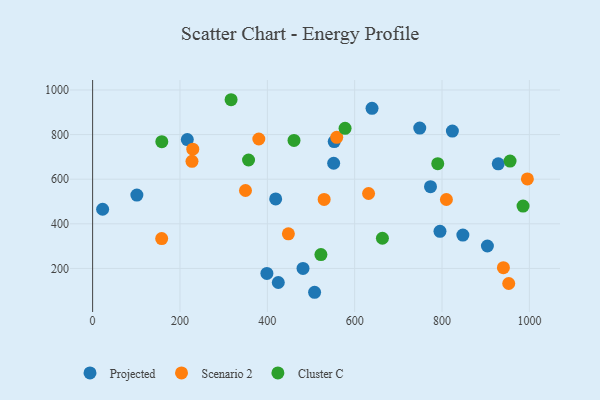
{"axis": {"x": "Speed", "y": "Demand"}, "legend": ["Cluster C", "Projected", "Scenario 2"], "data": [{"x": "216.8", "y": 777.8, "type": "Projected"}, {"x": "553.1", "y": 768.5, "type": "Projected"}, {"x": "101.3", "y": 528.7, "type": "Projected"}, {"x": "795.3", "y": 366.5, "type": "Projected"}, {"x": "749.0", "y": 829.3, "type": "Projected"}, {"x": "847.7", "y": 349.7, "type": "Projected"}, {"x": "823.7", "y": 815.9, "type": "Projected"}, {"x": "508.2", "y": 93.1, "type": "Projected"}, {"x": "419.1", "y": 511.4, "type": "Projected"}, {"x": "425.1", "y": 136.9, "type": "Projected"}, {"x": "773.6", "y": 566.5, "type": "Projected"}, {"x": "22.9", "y": 465.4, "type": "Projected"}, {"x": "399.0", "y": 177.8, "type": "Projected"}, {"x": "928.7", "y": 668.8, "type": "Projected"}, {"x": "481.7", "y": 199.9, "type": "Projected"}, {"x": "639.7", "y": 917.8, "type": "Projected"}, {"x": "903.9", "y": 300.6, "type": "Projected"}, {"x": "551.9", "y": 671.5, "type": "Projected"}, {"x": "448.2", "y": 355.0, "type": "Scenario 2"}, {"x": "229.3", "y": 734.8, "type": "Scenario 2"}, {"x": "350.0", "y": 549.4, "type": "Scenario 2"}, {"x": "380.5", "y": 780.2, "type": "Scenario 2"}, {"x": "631.8", "y": 535.9, "type": "Scenario 2"}, {"x": "940.5", "y": 203.4, "type": "Scenario 2"}, {"x": "530.1", "y": 509.4, "type": "Scenario 2"}, {"x": "227.5", "y": 680.2, "type": "Scenario 2"}, {"x": "558.9", "y": 787.6, "type": "Scenario 2"}, {"x": "158.1", "y": 333.7, "type": "Scenario 2"}, {"x": "810.0", "y": 509.0, "type": "Scenario 2"}, {"x": "995.4", "y": 601.2, "type": "Scenario 2"}, {"x": "952.7", "y": 132.4, "type": "Scenario 2"}, {"x": "955.7", "y": 681.1, "type": "Cluster C"}, {"x": "985.5", "y": 479.4, "type": "Cluster C"}, {"x": "790.2", "y": 669.7, "type": "Cluster C"}, {"x": "522.7", "y": 262.2, "type": "Cluster C"}, {"x": "317.0", "y": 956.3, "type": "Cluster C"}, {"x": "578.0", "y": 828.1, "type": "Cluster C"}, {"x": "158.4", "y": 768.3, "type": "Cluster C"}, {"x": "461.1", "y": 774.0, "type": "Cluster C"}, {"x": "663.5", "y": 335.4, "type": "Cluster C"}, {"x": "357.0", "y": 686.0, "type": "Cluster C"}]}